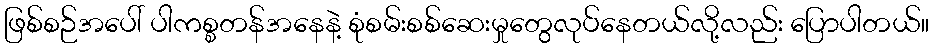
ဖြစ်စဉ်အပေါ် ပါကစ္စတန်အနေနဲ့ စုံစမ်းစစ်ဆေးမှုတွေလုပ်နေတယ်လို့လည်း ပြောပါတယ်။